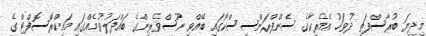
މިދިޔަ ބުރާސްފަތި ދުވަހު އެމެރިކާގެ ސެންފްރަންސިސްކޯގައި ބޭއްވި ނޫސްވެރިންގެ ބައްދަލުވުމެއްގައި މައިކްރޮސޮފްޓް ގެ